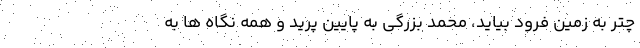
چتر به زمین فرود بیاید، محمد بزرگی به پایین پرید و همه نگاه ها به